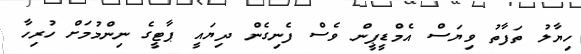
ހިޔާލު ތަފާތު ވިޔަސް އެމްޑީޕީން ވެސް ފެނިގެން ދިޔައީ ޕާޓީގެ ނިންމުމަށް ހުރިހާ